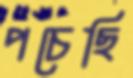
পচেছি